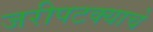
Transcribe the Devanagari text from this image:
जरीपटक्याचे